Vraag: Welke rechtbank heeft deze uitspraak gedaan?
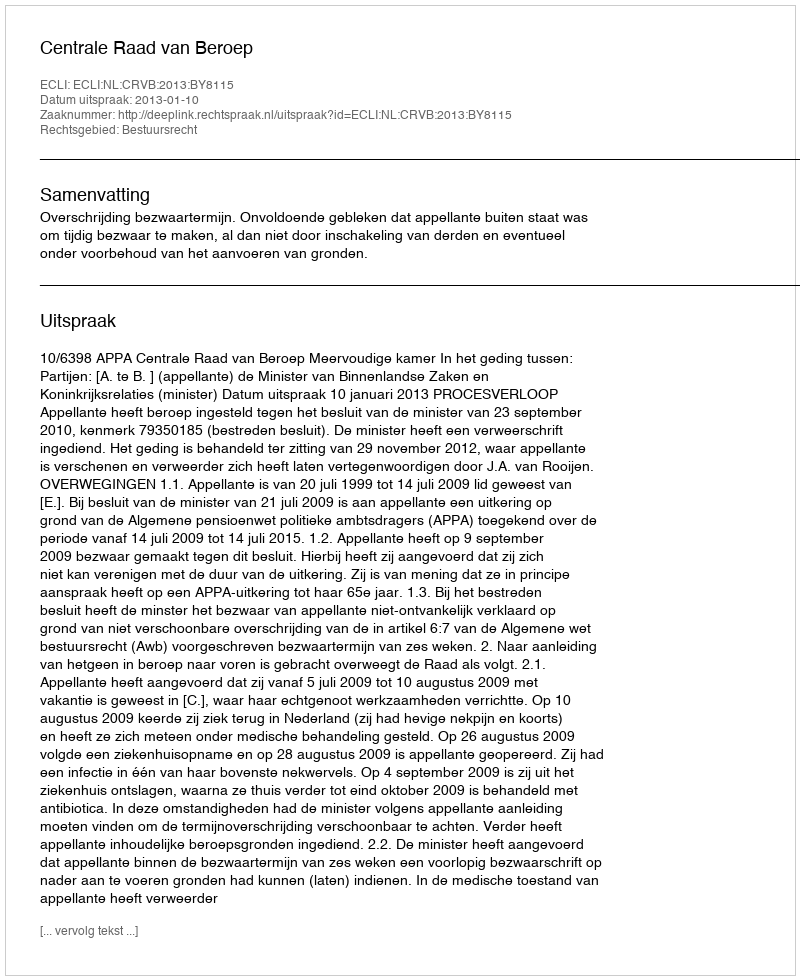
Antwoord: Centrale Raad van Beroep